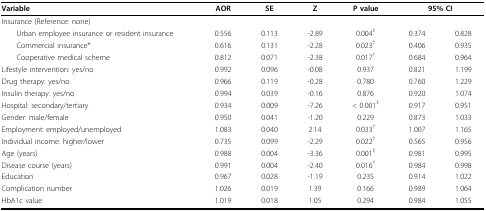
<table><thead><tr><td><b>Variable</b></td><td><b>AOR</b></td><td><b>SE</b></td><td><b>Z</b></td><td><b>P value</b></td><td colspan="2"><b>95% CI</b></td></tr></thead><tbody><tr><td>Insurance (Reference: none)</td><td></td><td></td><td></td><td></td><td></td><td></td></tr><tr><td> Urban employee insurance or resident insurance</td><td>0.556</td><td>0.113</td><td>-2.89</td><td>0.004<sup>‡</sup></td><td>0.374</td><td>0.828</td></tr><tr><td> Commercial insurance*</td><td>0.616</td><td>0.131</td><td>-2.28</td><td>0.023<sup>†</sup></td><td>0.406</td><td>0.935</td></tr><tr><td> Cooperative medical scheme</td><td>0.812</td><td>0.071</td><td>-2.38</td><td>0.017<sup>†</sup></td><td>0.684</td><td>0.964</td></tr><tr><td>Lifestyle intervention: yes/no</td><td>0.992</td><td>0.096</td><td>-0.08</td><td>0.937</td><td>0.821</td><td>1.199</td></tr><tr><td>Drug therapy: yes/no</td><td>0.966</td><td>0.119</td><td>-0.28</td><td>0.780</td><td>0.760</td><td>1.229</td></tr><tr><td>Insulin therapy: yes/no</td><td>0.994</td><td>0.039</td><td>-0.16</td><td>0.876</td><td>0.920</td><td>1.074</td></tr><tr><td>Hospital: secondary/tertiary</td><td>0.934</td><td>0.009</td><td>-7.26</td><td>&lt; 0.001<sup>‡</sup></td><td>0.917</td><td>0.951</td></tr><tr><td>Gender: male/female</td><td>0.950</td><td>0.041</td><td>-1.20</td><td>0.229</td><td>0.873</td><td>1.033</td></tr><tr><td>Employment: employed/unemployed</td><td>1.083</td><td>0.040</td><td>2.14</td><td>0.033<sup>†</sup></td><td>1.007</td><td>1.165</td></tr><tr><td>Individual income: higher/lower</td><td>0.735</td><td>0.099</td><td>-2.29</td><td>0.022<sup>†</sup></td><td>0.565</td><td>0.956</td></tr><tr><td>Age (years)</td><td>0.988</td><td>0.004</td><td>-3.36</td><td>0.001<sup>‡</sup></td><td>0.981</td><td>0.995</td></tr><tr><td>Disease course (years)</td><td>0.991</td><td>0.004</td><td>-2.40</td><td>0.016<sup>†</sup></td><td>0.984</td><td>0.998</td></tr><tr><td>Education</td><td>0.967</td><td>0.028</td><td>-1.19</td><td>0.235</td><td>0.914</td><td>1.022</td></tr><tr><td>Complication number</td><td>1.026</td><td>0.019</td><td>1.39</td><td>0.166</td><td>0.989</td><td>1.064</td></tr><tr><td>HbA1c value</td><td>1.019</td><td>0.018</td><td>1.05</td><td>0.294</td><td>0.984</td><td>1.055</td></tr></tbody></table>